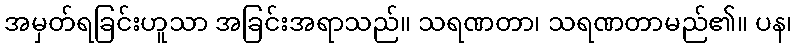
အမှတ်ရခြင်းဟူသာ အခြင်းအရာသည်။ သရဏတာ၊ သရဏတာမည်၏။ ပန၊